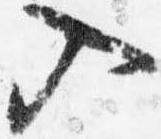
入